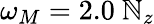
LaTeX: \omega_{M}=2.0~\mathbb{N}_{z}